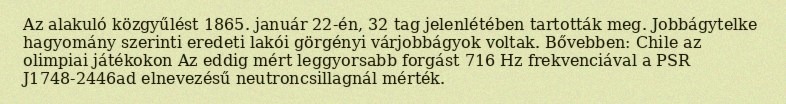
Az alakuló közgyűlést 1865. január 22-én, 32 tag jelenlétében tartották meg. Jobbágytelke hagyomány szerinti eredeti lakói görgényi várjobbágyok voltak. Bővebben: Chile az olimpiai játékokon Az eddig mért leggyorsabb forgást 716 Hz frekvenciával a PSR J1748-2446ad elnevezésű neutroncsillagnál mérték.